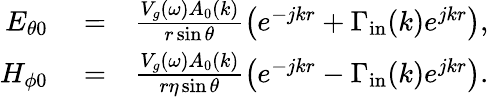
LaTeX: \begin{array}{rlr}{E_{\theta 0}}&{{}=}&{\frac{V_{g}(\omega)A_{0}(k)}{r\sin\theta}\left(e^{-jkr}+\Gamma_{\mathrm{in}}(k)e^{jkr}\right),}\\ {H_{\phi 0}}&{{}=}&{\frac{V_{g}(\omega)A_{0}(k)}{r\eta\sin\theta}\left(e^{-jkr}-\Gamma_{\mathrm{in}}(k)e^{jkr}\right).}\end{array}